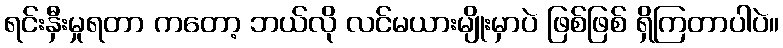
ရင်းနှီးမှုရတာ ကတော့ ဘယ်လို လင်မယားမျိုးမှာပဲ ဖြစ်ဖြစ် ရှိကြတာပါပဲ။